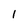
Character: 1